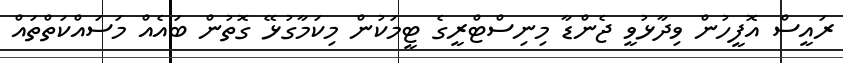
ރައީސް އޮފީހުން ވިދާޅުވީ ޖެންޑާ މިނިސްޓްރީގެ ޓީމަކުން މިކަމާގުޅޭ ގޮތުން ބައެއް މަސައްކަތްތައް